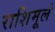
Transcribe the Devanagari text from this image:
राशिमूलं